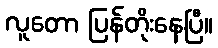
လူတော ပြန်တိုးနေပြီ။